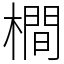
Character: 橺